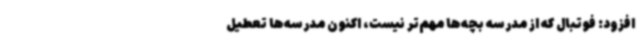
افزود: فوتبال که از مدرسه بچه‌ها مهم‌تر نیست، اکنون مدرسه‌ها تعطیل